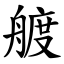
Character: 艔